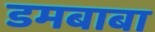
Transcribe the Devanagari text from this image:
डमबाबा